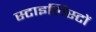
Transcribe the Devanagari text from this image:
स्टाइलिस्टों